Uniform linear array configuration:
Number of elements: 4
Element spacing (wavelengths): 0.25
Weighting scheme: exponential
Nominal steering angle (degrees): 45
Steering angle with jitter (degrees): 43.739
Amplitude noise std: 0.05
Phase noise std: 0.05

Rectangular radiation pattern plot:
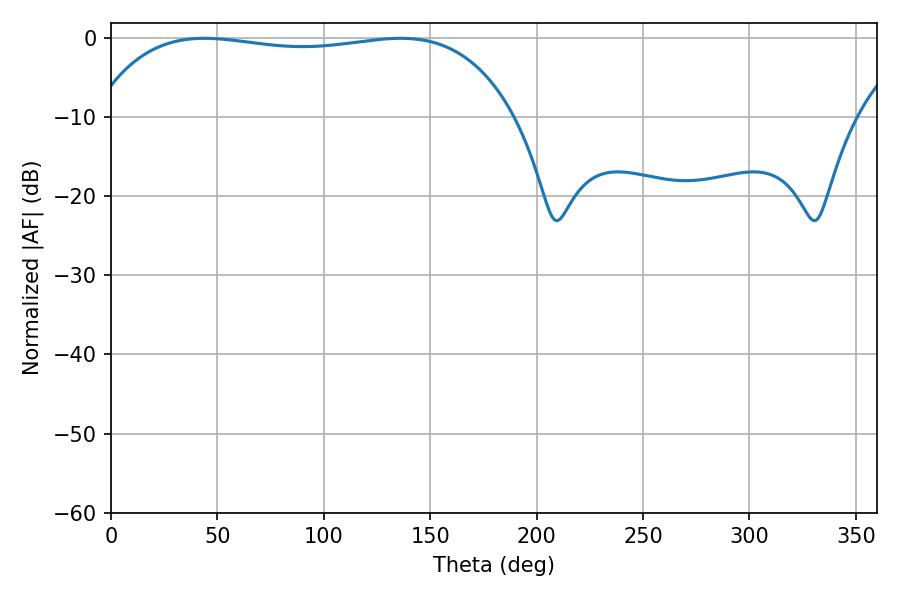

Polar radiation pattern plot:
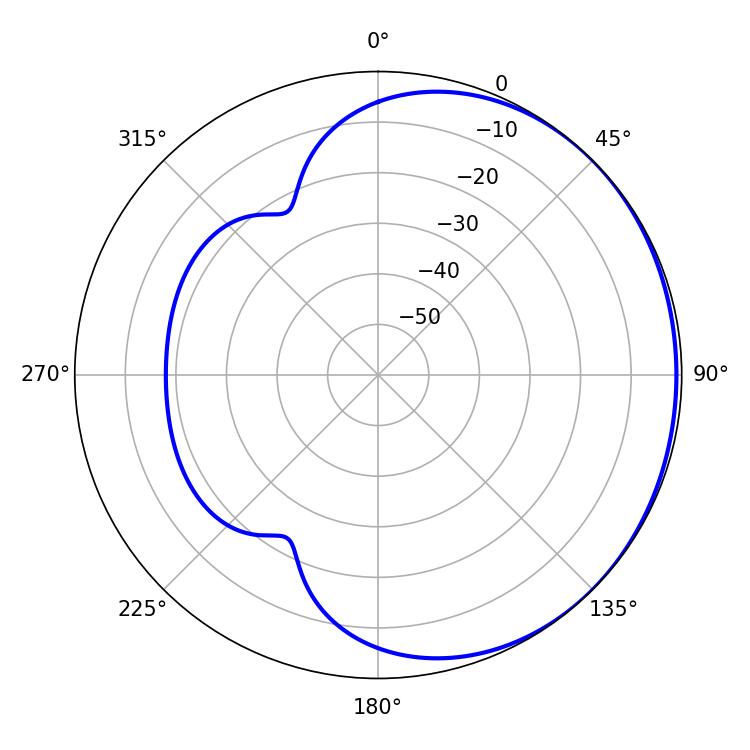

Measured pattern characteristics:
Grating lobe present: FALSE
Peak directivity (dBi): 0.7092
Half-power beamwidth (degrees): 158.4
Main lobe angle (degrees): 43.92